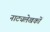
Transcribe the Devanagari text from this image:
नाट्यलेखकों